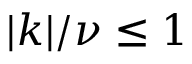
| k | / \nu \leq 1